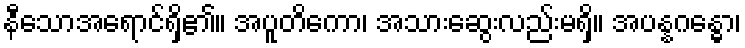
နီသောအရောင်ရှိ၏။ အပူတိကော၊ အသားဆွေးလည်းမရှိ။ အပန္နဂန္ဓော၊